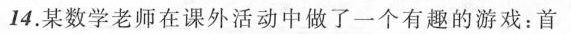
14.某数学老师在课外活动中做了一个有趣的游戏：首